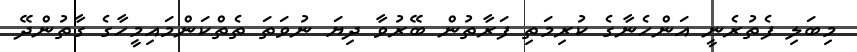
މިބަލި ފެތުރެނީ އަންހެނާގެ ކުރިމަތި ފަރާތުން ބޭރުވާ ދިޔަ ނުވަތަ ތެތްކަންމައިމީހާގެ ގާތުންދޭ